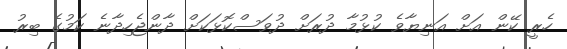
ހެރީ ކޭން އަށް އަނިޔާވެ ކުޅުމާ ދުރަށް ދުވަސްކޮޅަކަށް ދާންޖެހިދާނެ ކަމުގެ ބިރު